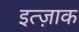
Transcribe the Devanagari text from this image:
इत्ज़ाक